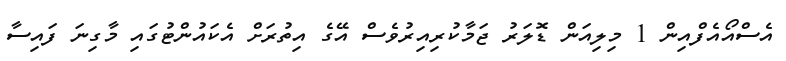
އެސްއޯއެފްއިން 1 މިލިއަން ޑޮލަރު ޖަމާކުރިއިރުވެސް އޭގެ އިތުރަށް އެކައުންޓުގައި މާގިނަ ފައިސާ